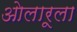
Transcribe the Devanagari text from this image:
ओलारूला